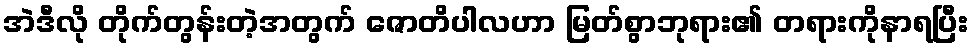
အဲဒီလို တိုက်တွန်းတဲ့အတွက် ဇောတိပါလဟာ မြတ်စွာဘုရား၏ တရားကိုနာရပြီး